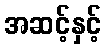
အဆင့်နှင့်